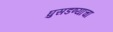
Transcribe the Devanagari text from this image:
घुसडण्याचा